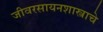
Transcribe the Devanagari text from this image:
जीवरसायनशास्त्राचे